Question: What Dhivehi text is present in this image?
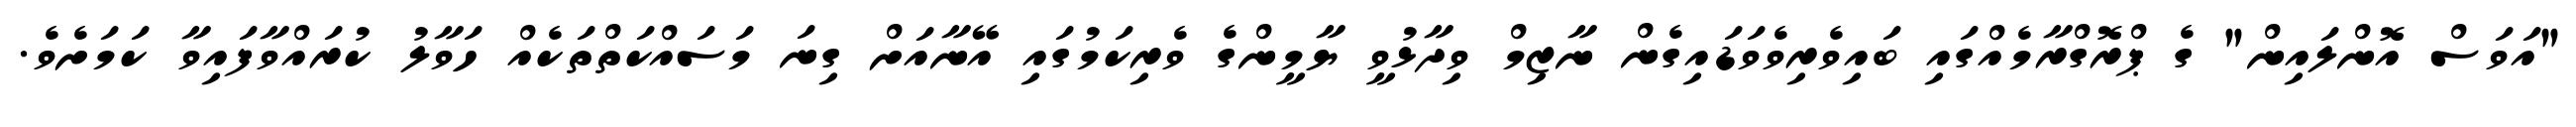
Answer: "އަވަސް އޮންލައިން" ގެ ޕްރޮގްރާމެއްގައި ބައިވެރިވެވަޑައިގެން ނާޒިމް ވިދާޅުވީ ޔާމީންގެ ވެރިކަމުގައި އޭނާއަށް ގިނަ މަސައްކަތްތަކެއް ހަވާލު ކުރައްވާފައިވާ ކަމަށެވެ.